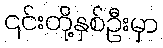
၎င်းတို့နှစ်ဦးမှာ